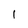
Character: l